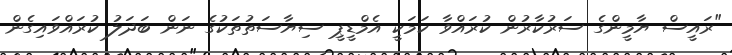
"ރައީސް ޔާމީންގެ ސަރުކާރުން ކުރައްވާ ކަމަކީ އެމްޑީޕީ ސިޔާސަތުތަކުގެ ނަން ބަދަލު ކުރައްވައިގެން